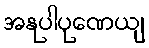
အနုပါပုဏေယျ